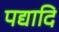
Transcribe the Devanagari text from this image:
पद्यादि